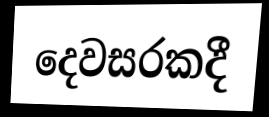
දෙවසරකදී